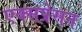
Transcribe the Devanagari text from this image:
एक्सप्रेसन